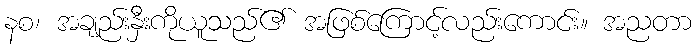
နစ၊ အချည်းနှီးကိုယူသည်၏ အဖြစ်ကြောင့်လည်းကောင်း။ အညတာ